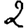
Digit: 2